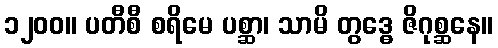
၁၂၀၀။ ပတီစီ စရိမေ ပစ္ဆာ၊ သာမိ တွဒ္ဓေ ဇိဂုစ္ဆနေ။